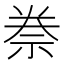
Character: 䄅